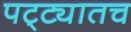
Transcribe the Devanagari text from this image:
पट्ट्यातच